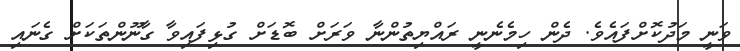
ވަނީ މަދުކޮށްފައެވެ. ދެން ހިމެނެނީ ރައްޔިތުންނާ ވަރަށް ބޮޑަށް ގުޅިފައިވާ ގާނޫންތަކަށް ގެނައި